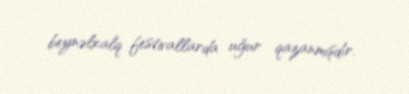
beynəlxalq festivallarda uğur qazanmışdır.